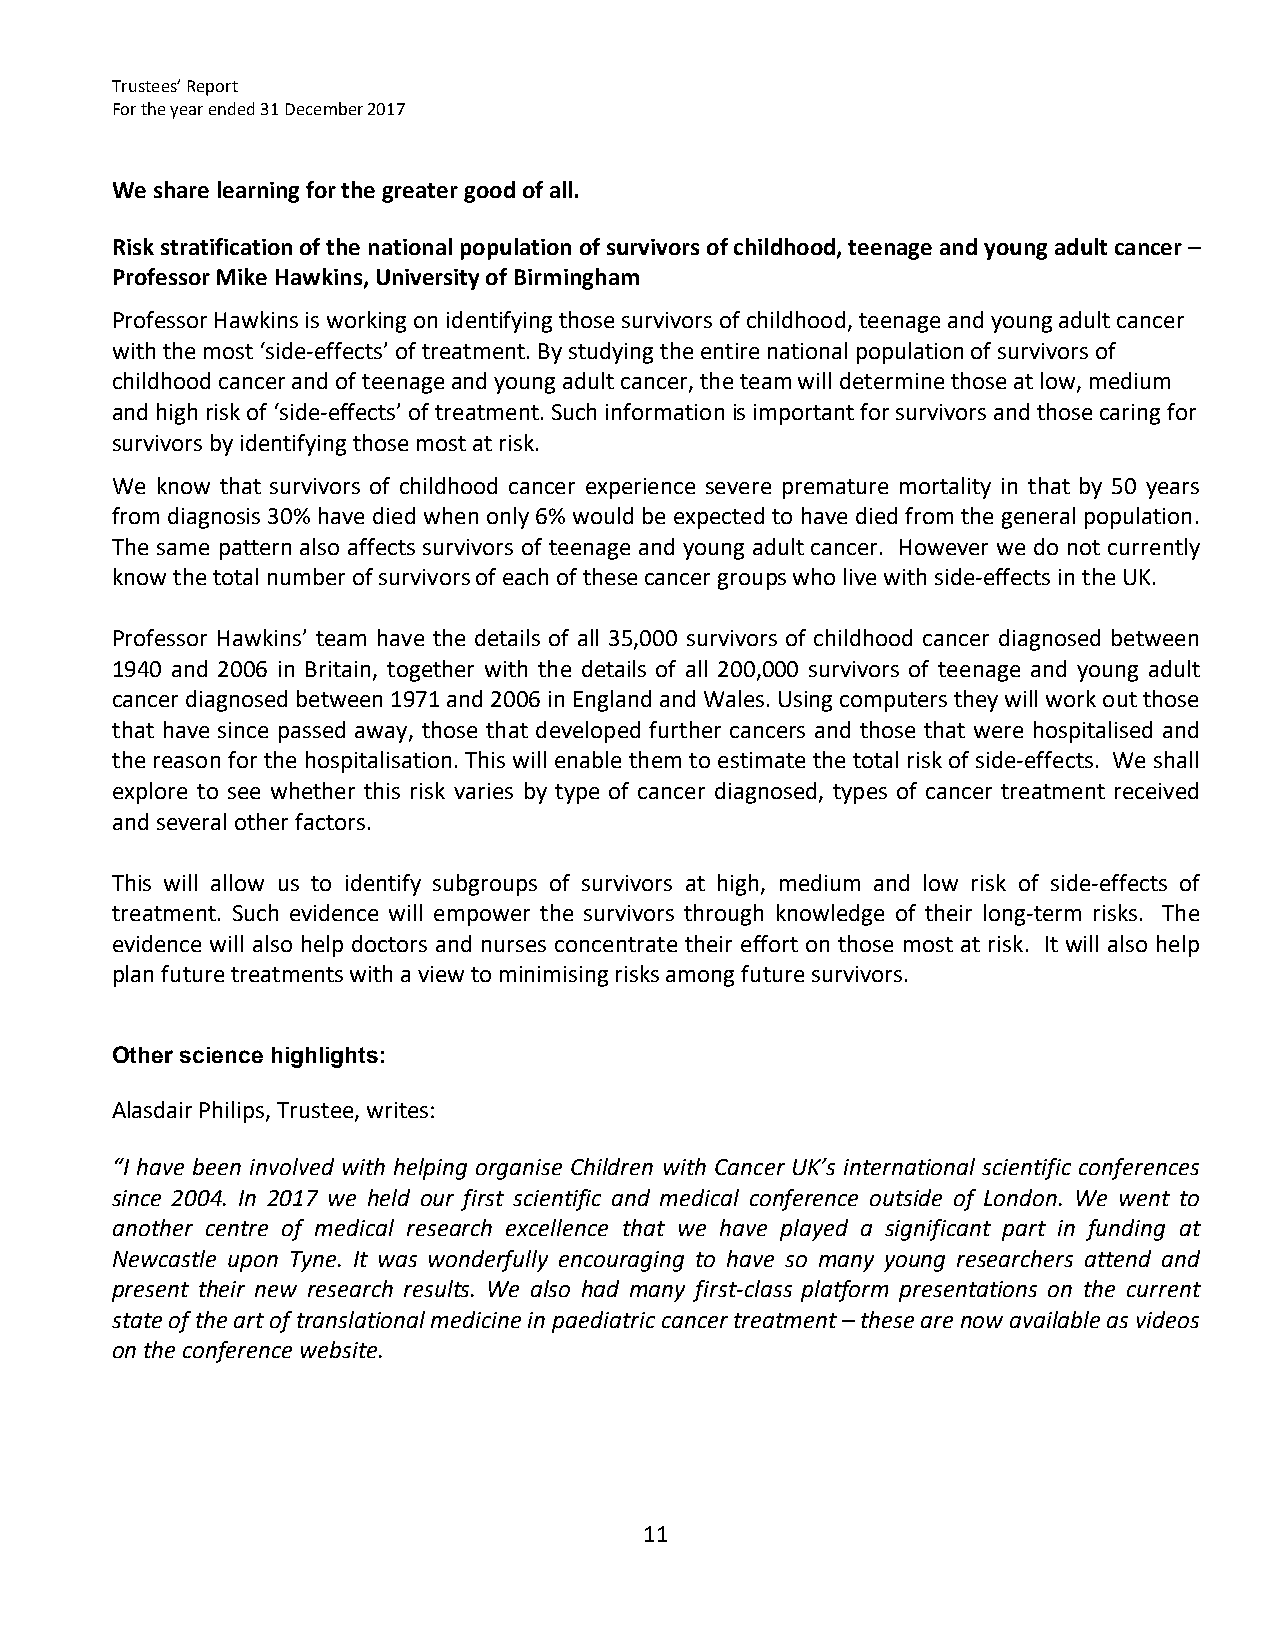
Trustees’ Report
 For the year ended 31 December 2017
 We share learning for the greater good of all.
 Risk stratification of the national population of survivors of childhood, teenage and young adult cancer –
 Professor Mike Hawkins, University of Birmingham
 Professor Hawkins is working on identifying those survivors of childhood, teenage and young adult cancer
 with the most ‘side‐effects’ of treatment. By studying the entire national population of survivors of
 childhood cancer and of teenage and young adult cancer, the team will determine those at low, medium
 and high risk of ‘side‐effects’ of treatment. Such information is important for survivors and those caring for
 survivors by identifying those most at risk.
 We know that survivors of childhood cancer experience severe premature mortality in that by 50 years
 from diagnosis 30% have died when only 6% would be expected to have died from the general population.
 The same pattern also affects survivors of teenage and young adult cancer. However we do not currently
 know the total number of survivors of each of these cancer groups who live with side‐effects in the UK.
 Professor Hawkins’ team have the details of all 35,000 survivors of childhood cancer diagnosed between
 1940 and 2006 in Britain, together with the details of all 200,000 survivors of teenage and young adult
 cancer diagnosed between 1971 and 2006 in England and Wales. Using computers they will work out those
 that have since passed away, those that developed further cancers and those that were hospitalised and
 the reason for the hospitalisation. This will enable them to estimate the total risk of side‐effects. We shall
 explore to see whether this risk varies by type of cancer diagnosed, types of cancer treatment received
 and several other factors.
 This will allow us to identify subgroups of survivors at high, medium and low risk of side‐effects of
 treatment. Such evidence will empower the survivors through knowledge of their long‐term risks. The
 evidence will also help doctors and nurses concentrate their effort on those most at risk. It will also help
 plan future treatments with a view to minimising risks among future survivors.
 Other science highlights:
 Alasdair Philips, Trustee, writes:
 “I have been involved with helping organise Children with Cancer UK’s international scientific conferences
 since 2004. In 2017 we held our first scientific and medical conference outside of London. We went to
 another centre of medical research excellence that we have played a significant part in funding at
 Newcastle upon Tyne. It was wonderfully encouraging to have so many young researchers attend and
 present their new research results. We also had many first‐class platform presentations on the current
 state of the art of translational medicine in paediatric cancer treatment – these are now available as videos
 on the conference website.
 11